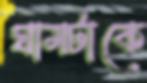
ঘামটাকে